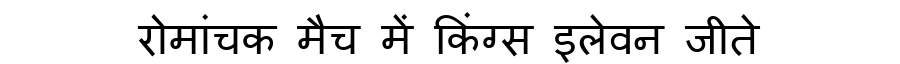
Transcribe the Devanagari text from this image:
रोमांचक मैच में किंग्स इलेवन जीते